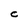
Character: C